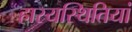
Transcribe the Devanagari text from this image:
हास्यस्थितियां